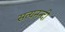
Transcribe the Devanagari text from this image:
सत्यनन्दी